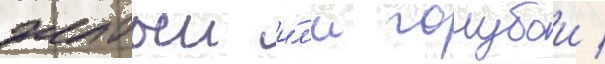
желтыи и́л'и голубои /